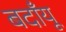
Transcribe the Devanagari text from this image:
बदाँयू